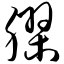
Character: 胶